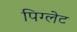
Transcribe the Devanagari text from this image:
पिग्लेट